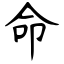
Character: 命